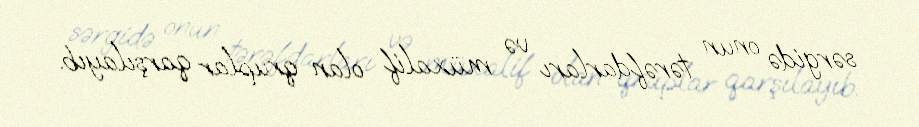
sərgidə onun tərəfdarları və müxalif olan qruplar qarşılayıb.